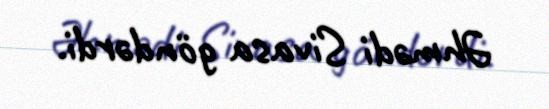
Əhmədi Sivasa göndərdi.